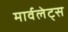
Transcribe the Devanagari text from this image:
मार्वलेट्स